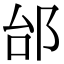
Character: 邰